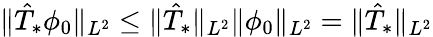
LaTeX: \Vert\hat{T}_{*}\phi_{0}\Vert_{L^{2}}\leq\Vert\hat{T}_{*}\Vert_{L^{2}}\Vert\phi_{0}\Vert_{L^{2}}=\Vert\hat{T}_{*}\Vert_{L^{2}}